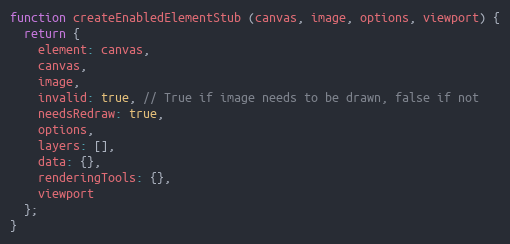
Language: JavaScript
function createEnabledElementStub (canvas, image, options, viewport) {
  return {
    element: canvas,
    canvas,
    image,
    invalid: true, // True if image needs to be drawn, false if not
    needsRedraw: true,
    options,
    layers: [],
    data: {},
    renderingTools: {},
    viewport
  };
}